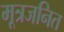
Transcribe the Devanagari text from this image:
मूत्रजनित